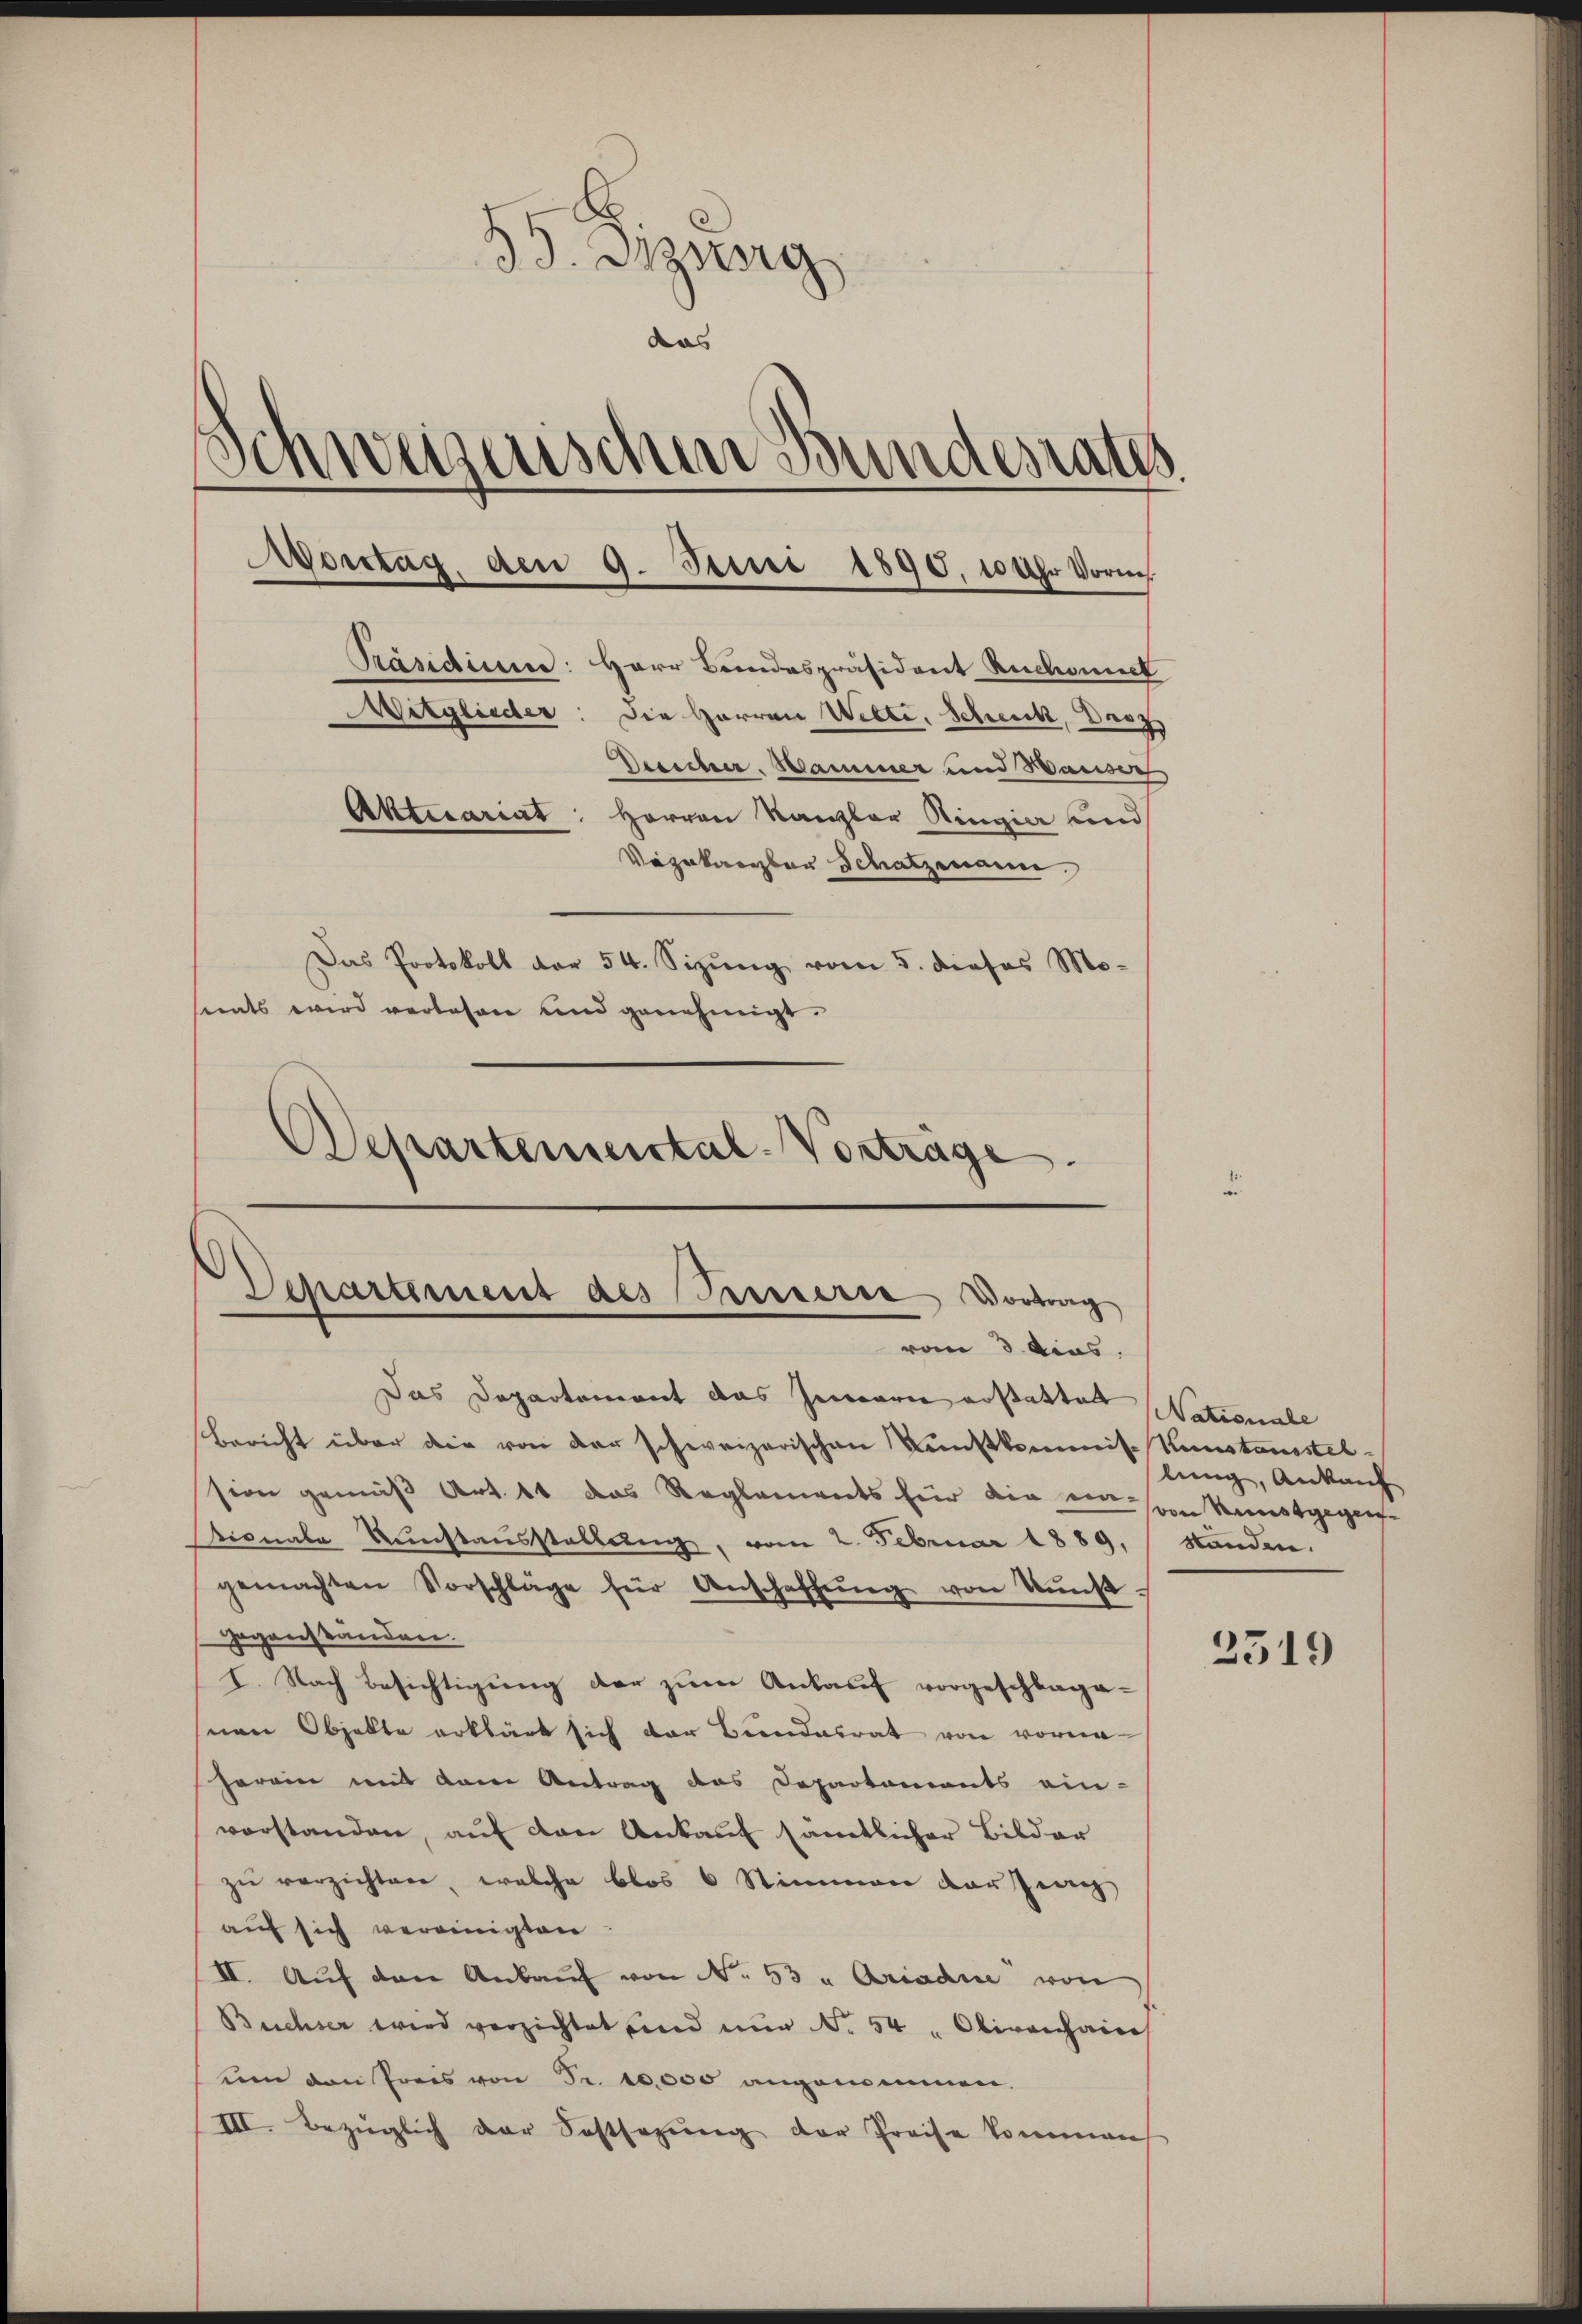
33. Dizung
das
Schweizerischen Bundesraths
Mitglieder: Die Herren Welte. Scheick, Darz
Desscher. Hammer und ausdeh
Aktuariat: Herren Kanzler Ringia und
Vezakanzler Schatzmann.
Das Protokoll der 54. Sizung vom 5. dieses Monats wird verlesen und genehmigt.

Avorstag, den 9. Juni 1890, 10 Uhr Vorm.
Präsidium: Herr Bundespräsident Ruchonet

Departemental-Vorträge.
Departement des Semerie Vortrag
vom 3. dies

Das Departement das Gemari erstatten Nationale
Bericht über die von der schweizerischen Kunstkommis. Kunstausstelsion gemäß Art. 11 das Reglements für die in von Kunstgegentionale Kunstausstellŭng, vom 2. Februar 1889, Standen.
gemachten Vorschläge für Anschaffŭng von Kŭnst
Gegenständen.
I. Nach Besichtigung der zum Ankauf vorgeschlaga-
nen Objekte erklärt sich der Bundesrat von vorma-
Herein mit dem Antrag des Departements ein-
vorstanden, auf den Ankauf sämtlicher Bilder
zŭ verzichten, welche blos 6 Stimmen der Jean
auf sich vereinigten
II. Auf den Ankauf von No. 53 u Ariadne von
Buchsen wird verzichtet sind nur No. 54 " Olivonhaine
um den Preis von Fr. 10,000 angenommen.
III bezüglich der Sostsezung der Preise kommens

lung, Ankauf

2319